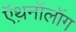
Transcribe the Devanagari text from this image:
ऍथ़नॉलॉग